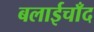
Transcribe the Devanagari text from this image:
बलाईचाँद